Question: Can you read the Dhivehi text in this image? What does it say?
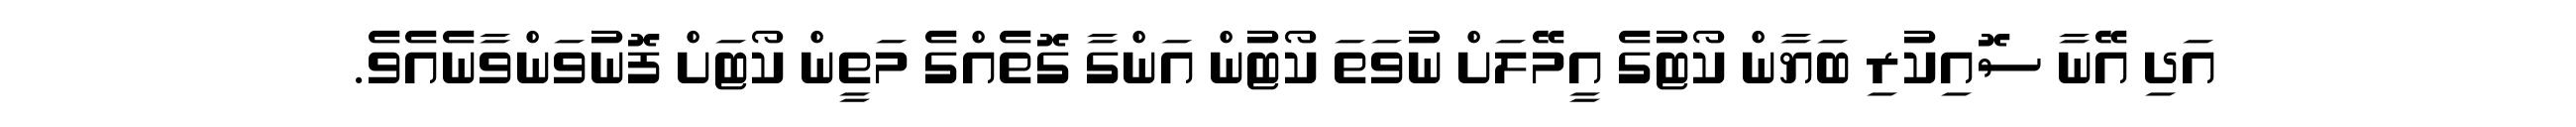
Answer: އަދި އޭނާ ސޮއިކުރި ބަޔާން ކޯޓުގެ އީމޭލަށް ނުވަތަ ކޯޓުން އަންގާ ގޮތެއްގެ މަތީން ކޯޓަށް ފޮނުވަންވާނެއެވެ.